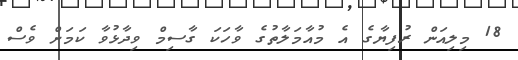
18 މިލިއަން ރުފިޔާގެ އެ މުއާމަލާތުގެ ވާހަަކަ ގާސިމް ވިދާޅުވާ ކަމަށް ވެސް